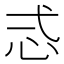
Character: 𢗥